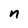
Character: n